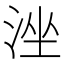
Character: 𣴶